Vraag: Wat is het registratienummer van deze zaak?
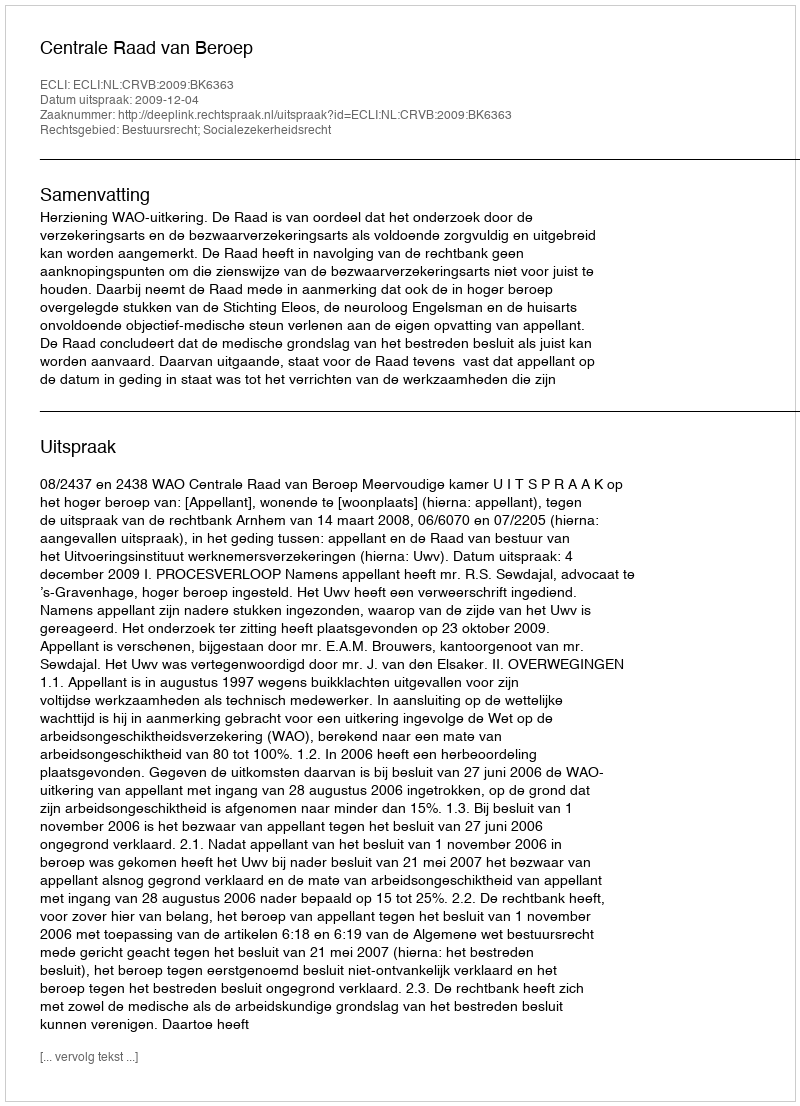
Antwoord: http://deeplink.rechtspraak.nl/uitspraak?id=ECLI:NL:CRVB:2009:BK6363